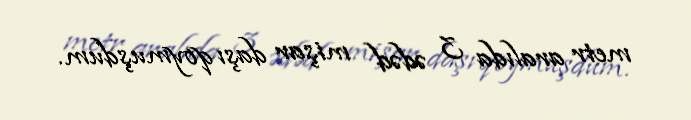
metr aralıda 3 ədəd mişar daşı qoymuşdum.